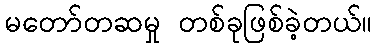
မတော်တဆမှု တစ်ခုဖြစ်ခဲ့တယ်။